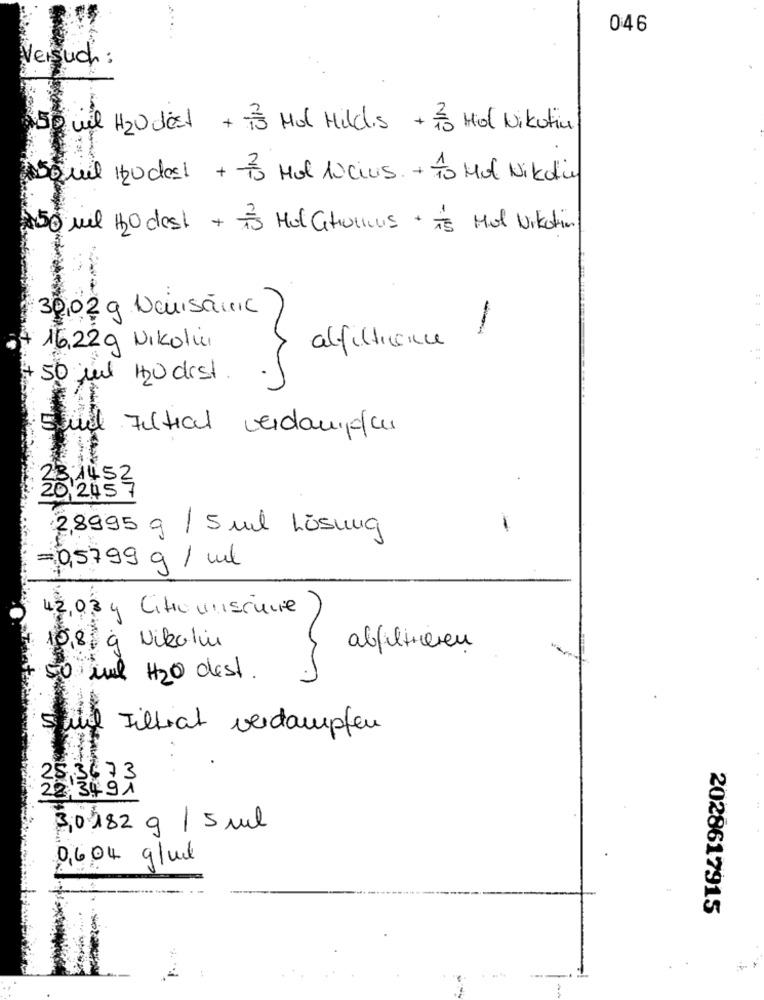
046
Versuch :
150 uil Hzudest + 75 Mol Mildis + 3 Hol Nikotin
Quil zucast + 73 Mal 10cius. + 10 Mal Nikotin
150 ml HO dest + is Hal Ghullus Hot Nikotin
30,02 g Nouisanic
16,22g Nikoli
alfiltience
+ 50 ml Hzu dist .
231452
20,2457
2,8995 g / 5 ml Lösung
=0,5799 g / ml
42034 Citronnierune
0,8 g Nikotin
abfilteren
50 Mil H2O dest.
siil Tillat verdampfen
:25,3673
22, 3491
30182 g / 5 ml
0,604 glud
2028617915